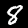
Label: 8